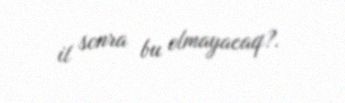
il sonra bu olmayacaq?.